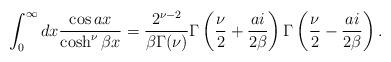
LaTeX: \begin{align*}\int_0^{\infty} dx \frac{\cos a x}{\cosh^{\nu} \beta x} = \frac{2^{\nu-2}}{\beta \Gamma(\nu)} \Gamma \left( \frac{\nu}{2} + \frac{a i}{2 \beta} \right) \Gamma \left( \frac{\nu}{2} - \frac{a i}{2 \beta} \right).\end{align*}